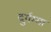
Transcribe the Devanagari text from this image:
दुर्गम्मा